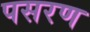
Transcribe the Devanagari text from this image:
पसरण